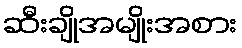
ဆီးချိုအမျိုးအစား